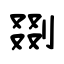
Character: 剟